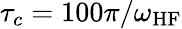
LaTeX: \tau_{c}=100\pi/\omega_{\mathrm{HF}}